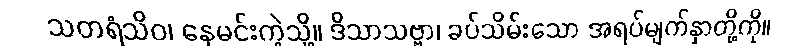
သတရံသိဝ၊ နေမင်းကဲ့သို့။ ဒိသာသဗ္ဗာ၊ ခပ်သိမ်းသော အရပ်မျက်နှာတို့ကို။